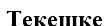
Текешке